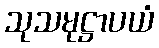
သုသမုဋ္ဌာပယံ